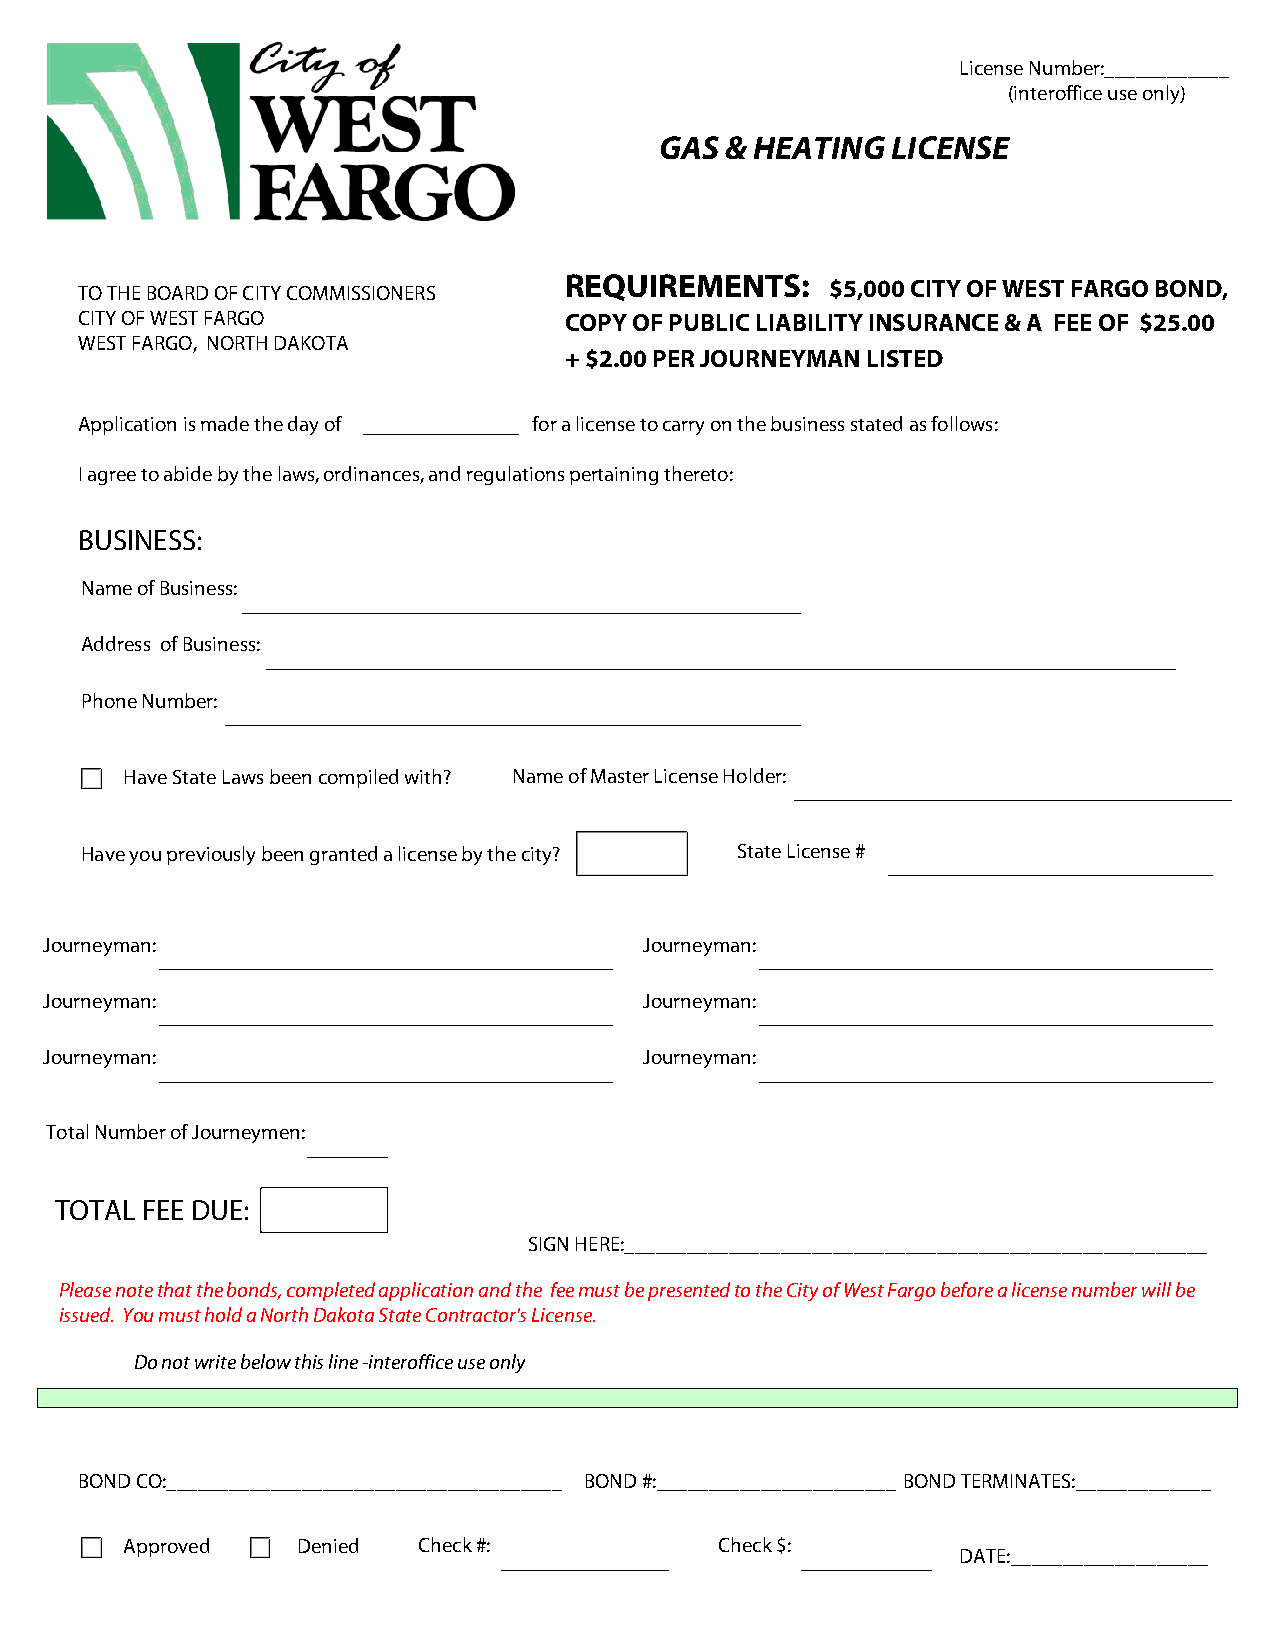
License Number:____________
 (interoffice use only)
 GAS & HEATING  LICENSE
 TO THE BOARD OF CITY COMMISSIONERS REQUIREMENTS:  $5,000 CITY OF WEST FARGO BOND,
 CITY OF WEST FARGO              COPY OF PUBLIC LIABILITY INSURANCE & A FEE OF $25.00
 WEST FARGO, NORTH DAKOTA
 + $2.00 PER JOURNEYMAN LISTED
 Application is made the day of for a license to carry on the business stated as follows:
 I agree to abide by the laws, ordinances, and regulations pertaining thereto:
 BUSINESS:
 Name of Business:
 Address of Business:
 Phone Number:
 Have State Laws been compiled with? Name of Master License Holder:
 Have you previously been granted a license by the city? State License #
 Journeyman:                             Journeyman:
 Journeyman:                             Journeyman:
 Journeyman:                             Journeyman:
 Total Number of Journeymen:
 TOTAL FEE DUE:
 SIGN HERE:________________________________________________________
 Please note that the bonds, completed application and the fee must be presented to the City of West Fargo before a license number will be
 issued. You must hold a North Dakota State Contractor's License.
 Do not write below this line -interoffice use only
 BOND CO:______________________________________ BOND #:_______________________ BOND TERMINATES:_____________
 Approved    Denied  Check #:            Check $:
 DATE:___________________